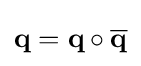
\mathbf {q} =\mathbf {q} \circ {\overline {\mathbf {q} }}